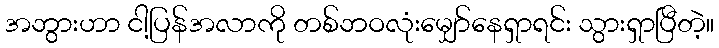
အဘွားဟာ ငါ့ပြန်အလာကို တစ်ဘဝလုံးမျှော်နေရှာရင်း သွားရှာပြီတဲ့။